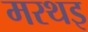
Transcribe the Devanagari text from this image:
मरथइ